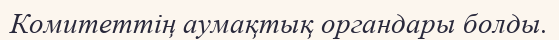
Комитеттің аумақтық органдары болды.